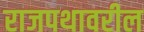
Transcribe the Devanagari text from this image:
राजपथावरील